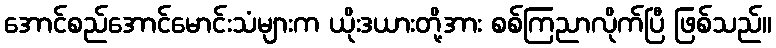
အောင်စည်အောင်မောင်းသံများက ယိုးဒယားတို့အား စစ်ကြညာလိုက်ပြီ ဖြစ်သည်။